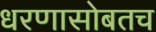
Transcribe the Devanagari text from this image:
धरणासोबतच